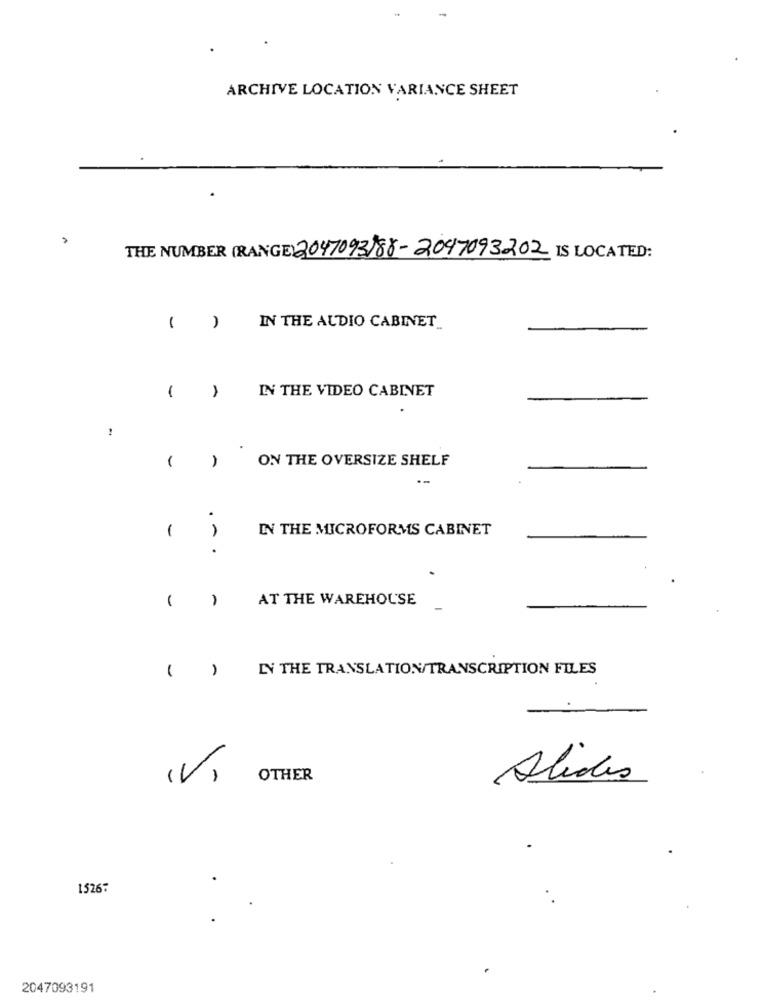
ARCHIVE LOCATION VARIANCE SHEET
THE NUMBER (RANGE) 2047093)88-2047093202 IS LOCATED:
( )
IN THE AUDIO CABINET_
-
-
IN THE VIDEO CABINET
1
(
ON THE OVERSIZE SHELF
-
--
1
IN THE MICROFORMS CABINET
...
(
-
AT THE WAREHOUSE
LY THE TRANSLATION/TRANSCRIPTION FILES
( )
(V)
OTHER
Alides
1526:
2047093191